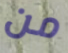
من